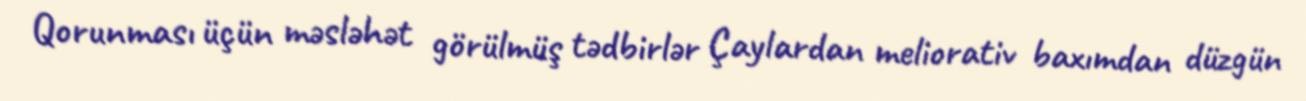
Qorunması üçün məsləhət görülmüş tədbirlər Çaylardan meliorativ baxımdan düzgün